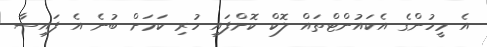
އެ މީހުންގެ އެކައުންޓްތައް ލޮކް ކޮށްފައި ހުރި ކަމަށް ބުނެ އެ ފައިސާ